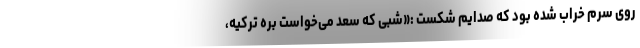
روی سرم خراب شده بود که صدایم شکست :«شبی که سعد می‌خواست بره ترکیه،